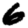
Digit: 6